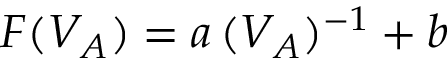
F ( V _ { A } ) = a \, ( V _ { A } ) ^ { - 1 } + b